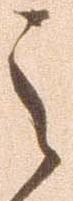
之